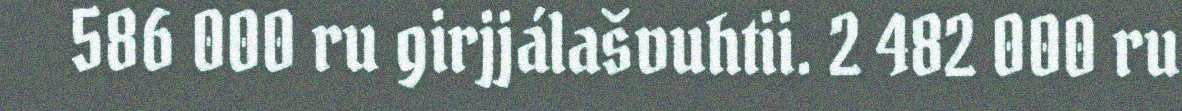
586 000 ru girjjálašvuhtii. 2 482 000 ru